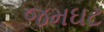
જમઘટ